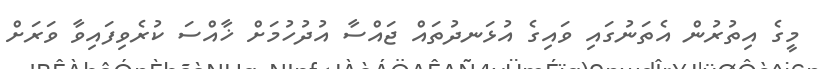
މީގެ އިތުރުން އެތަނުގައި ވައިގެ އުޅަނދުތައް ޖައްސާ އުދުހުމަށް ޚާއްސަ ކުރެވިފައިވާ ވަރަށް